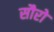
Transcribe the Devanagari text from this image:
सौरो